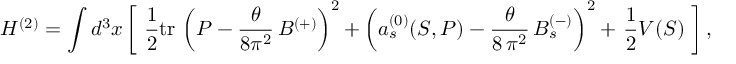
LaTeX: H ^ { ( 2 ) } = \int d ^ { 3 } { x } \, \biggl [ \, \, \frac { 1 } { 2 } \mathrm { t r } \, \left( P - \frac { \theta } { 8 \pi ^ { 2 } } \, B ^ { ( + ) } \right) ^ { 2 } + \left( a _ { s } ^ { ( 0 ) } ( S , P ) - \frac { \theta } { 8 \, \pi ^ { 2 } } \, B _ { s } ^ { ( - ) } \right) ^ { 2 } + \, \frac { 1 } { 2 } V ( S ) \ \biggr ] \, ,